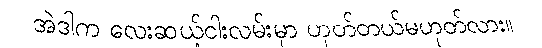
အဲဒါက လေးဆယ့်ငါးလမ်းမှာ ဟုတ်တယ်မဟုတ်လား။